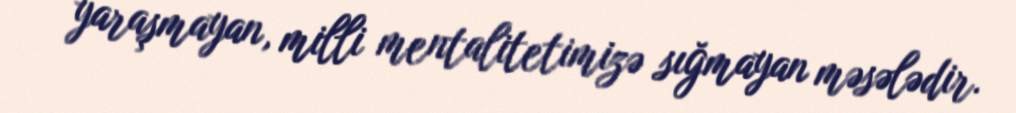
yaraşmayan, milli mentalitetimizə sığmayan məsələdir.